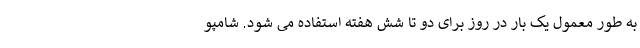
به طور معمول یک بار در روز برای دو تا شش هفته استفاده می شود. شامپو